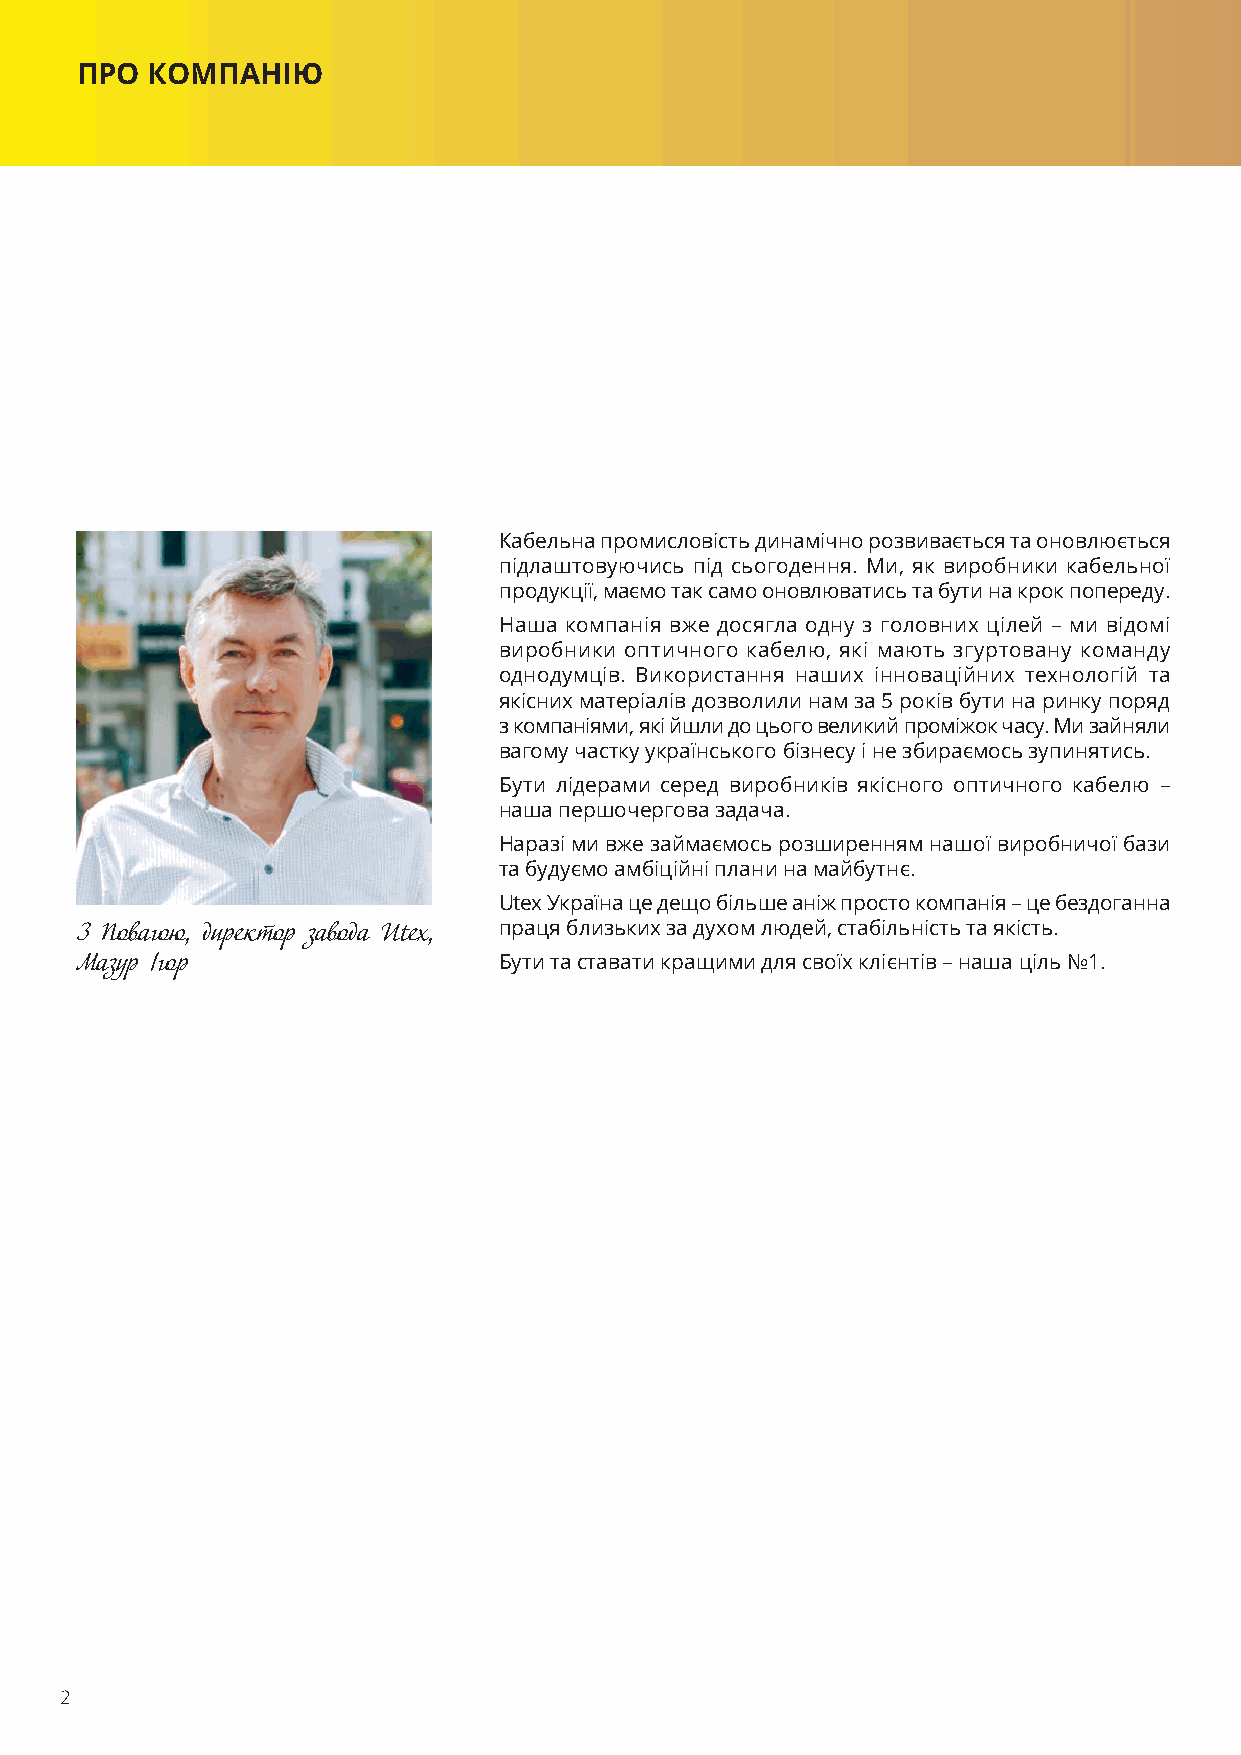
ПРО  КОМПАНІЮ
 Кабельна промисловість динамічно розвивається та оновлюється
 підлаштовуючись під сьогодення. Ми, як виробники кабельної
 продукції, маємо так само оновлюватись та бути на крок попереду.
 Наша компанія вже досягла одну з головних цілей – ми відомі
 виробники оптичного кабелю, які мають згуртовану команду
 однодумців. Використання наших інноваційних технологій та
 якісних матеріалів дозволили нам за 5 років бути на ринку поряд
 з компаніями, які йшли до цього великий проміжок часу. Ми зайняли
 вагому частку українського бізнесу і не збираємось зупинятись.
 Бути лідерами серед виробників якісного оптичного кабелю –
 наша першочергова задача.
 Наразі ми вже займаємось розширенням нашої виробничої бази
 та будуємо амбіційні плани на майбутнє.
 Utex Україна це дещо більше аніж просто компанія – це бездоганна
 З Повагою, директор завода Utex, праця близьких за духом людей, стабільність та якість.
 Мазур Ігор                  Бути та ставати кращими для своїх клієнтів – наша ціль №1.
 2